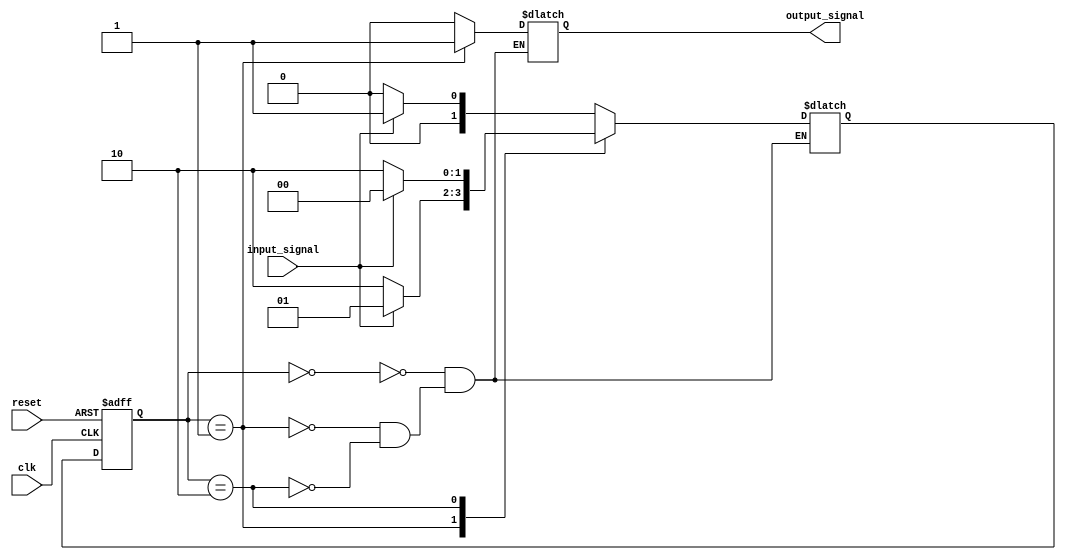
module state_machine (
  input wire clk,
  input wire reset,
  input wire input_signal,
  output reg output_signal
);

// State encoding
parameter STATE_A = 2'd0;
parameter STATE_B = 2'd1;
parameter STATE_C = 2'd2;
parameter NUM_STATES = 3;

// State register
reg [1:0] current_state;
reg [1:0] next_state;

// State transition logic
always @ (posedge clk or posedge reset)
begin
  if (reset)
    current_state <= STATE_A;
  else
    current_state <= next_state;
end

// State machine logic
always @ (*)
begin
  case (current_state)
    STATE_A: begin
      if (input_signal)
        next_state = STATE_B;
      else
        next_state = STATE_A;
    end
    STATE_B: begin
      if (!input_signal)
        next_state = STATE_C;
      else
        next_state = STATE_B;
    end
    STATE_C: begin
      if (input_signal)
        next_state = STATE_A;
      else
        next_state = STATE_C;
    end
  endcase
end

// Output signal
always @ (*)
begin
  case (current_state)
    STATE_A: output_signal = 1'b0;
    STATE_B: output_signal = 1'b1;
    STATE_C: output_signal = 1'b0;
  endcase
end

endmodule